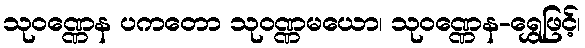
သုဝဏ္ဏေန ပကတော သုဝဏ္ဏမယော၊ သုဝဏ္ဏေန-ရွှေဖြင့်၊